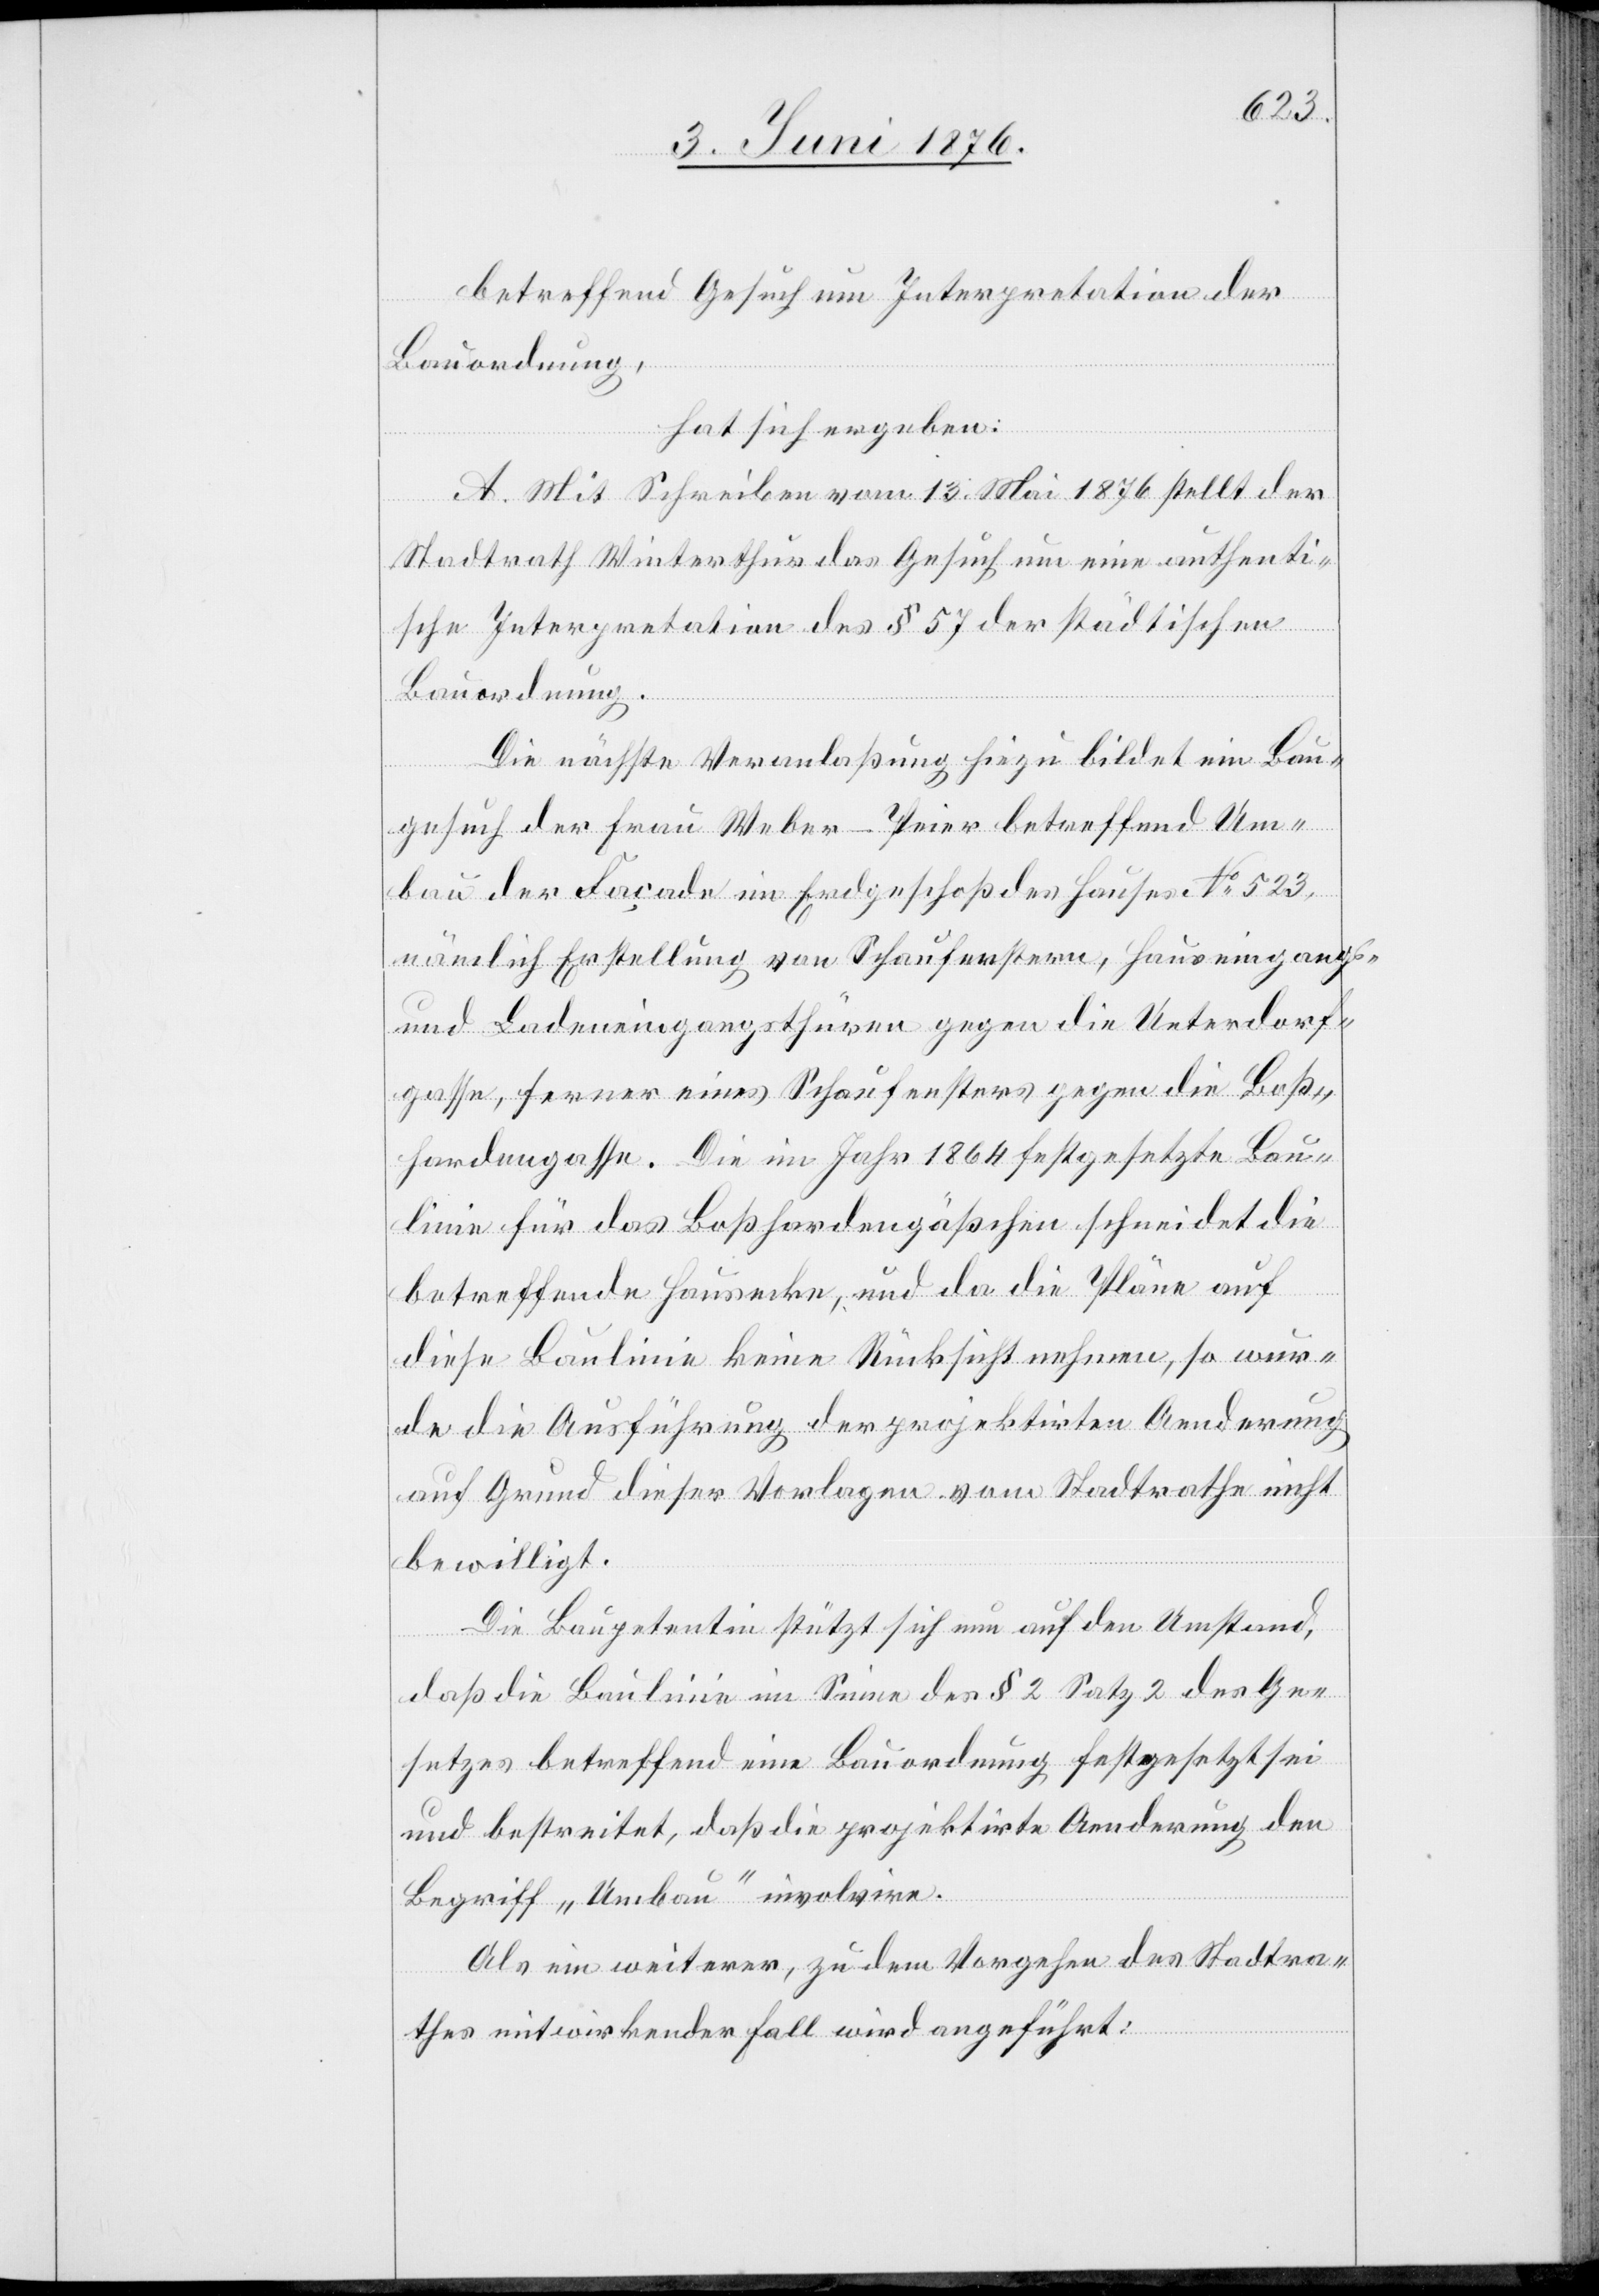
betreffend Gesuch um Interpretation der
Bauordnung,
hat sich ergeben:
A. Mit Schreiben vom 13. Mai 1876 stellt der
Stadtrath Winterthur das Gesuch um eine authenti¬
sche Interpretation des § 57 der städtischen
Bauordnung.
Die nächste Veranlaßung hiezu bildet ein Bau¬
gesuch der Frau Weber-Peier betreffend Um¬
bau der Facade im Erdgeschoß des Hauses No 523,
nämlich Erstellung von Schaufenstern, Hauseingangs-
und Ladeneingangsthüren gegen die Unterdorf¬
gasse, ferner eines Schaufensters gegen die Boß¬
hardengasse. Die im Jahr 1864 festgesetzte Bau¬
linie für das Boßhardengäßchen schneidet die
betreffende Hausmarke, und da die Pläne auf
diese Baulinie keine Rücksicht nehmen, so wur¬
de die Ausführung der projektirten Anordnung
auf Grund dieser Vorlagen vom Stadtrathe nicht
bewilligt.
Die Baupetentin stützt sich nun auf den Umstand,
daß die Baulinie im Sinne des § 2 Satz 2 des Ge¬
setzes betreffend eine Bauordnung festgesetzt sei
und bestreitet, daß die projektirte Aenderung den
Begriff „Umbau“ involvire.
Als ein weiterer, zu dem Vorgehen des Stadtra¬
thes mitwirkender Fall wird angeführt: